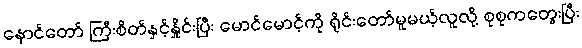
နောင်တော် ကြီးစိတ်နှင့်နှိုင်းပြီး မောင်မောင့်ကို ရိုင်းတော်မူမယ့်လူလို့ စုစုကတွေးပြီး